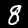
Label: 8